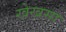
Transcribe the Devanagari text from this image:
खेखसा